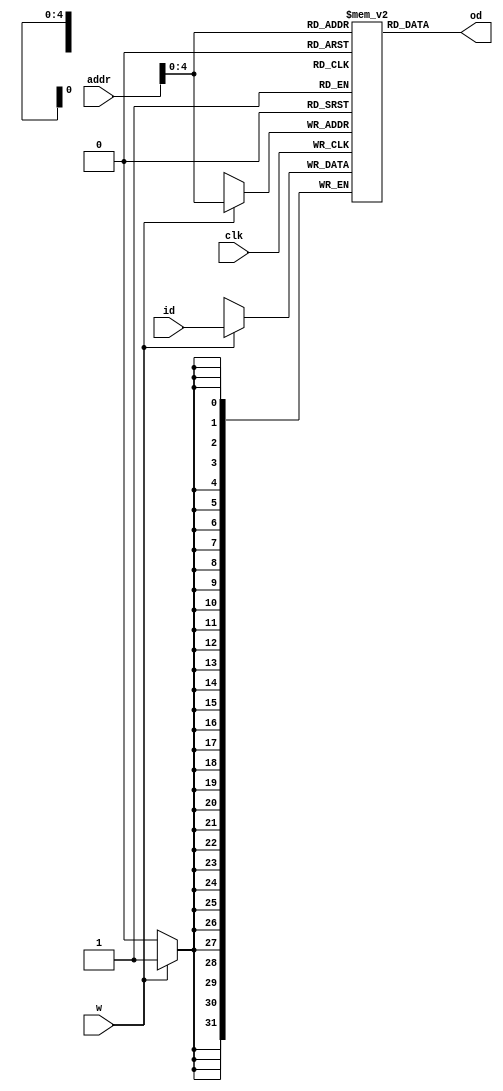
module dmem(addr, id, w, clk, od);
    input [31:0] addr, id;
    input clk, w;
    output [31:0] od;
    
    reg [31:0] mem [31:0];
    
    initial mem[0] = 32'd1;
    initial mem[2] = 32'd10;
    
    assign od = mem[addr];
    
    always @(posedge clk) begin
        if (w)
            mem[addr] = id;
    end
    
endmodule